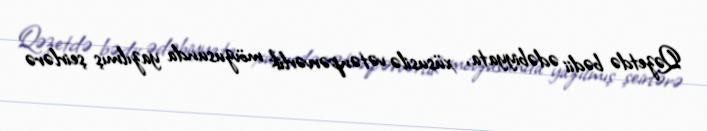
Qəzetdə bədii ədəbiyyata, xüsusilə vətənpərvərlik mövzusunda yazılmış şeirlərə